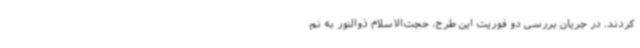
کردند. در جریان بررسی دو فوریت این طرح، حجت‌الاسلام ذوالنور به نم